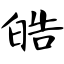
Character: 皓